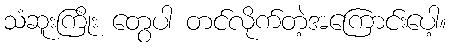
သံဆူးကြိုး တွေပါ တင်လိုက်တဲ့အကြောင်းပေါ့။